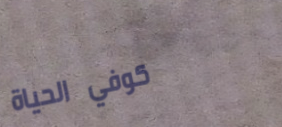
كوفي الحياة